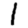
Digit: 1